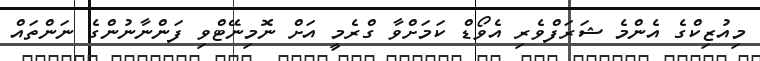
މިއުޒިކްގެ އެންމެ ޝަރަފްވެރި އެވޯޑް ކަމަށްވާ ގްރެމީ އަށް ނޮމިނޭޓްވި ފަންނާނުންގެ ނަންތައް